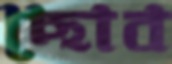
ছোব